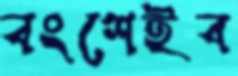
বংশেইব